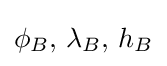
\phi _{B},\,\lambda _{B},\,h_{B}